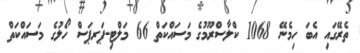
ތެރޭގައި އެބަ ހިމެނޭ 1068 ކްލާސްރޫމުގެ މަސައްކަތް 66 މަލްޓި-ޕަރޕަސް ހޯލުގެ މަސައްކަތް